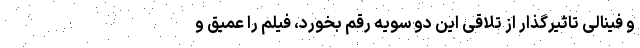
و فینالی تاثیرگذار از تلاقی این دو سویه رقم بخورد، فیلم را عمیق و